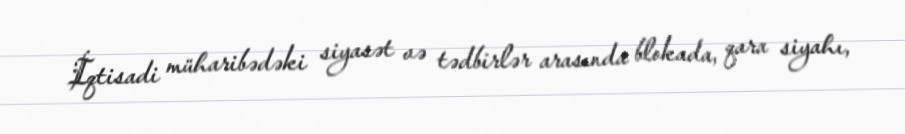
İqtisadi müharibədəki siyasət və tədbirlər arasında blokada, qara siyahı,